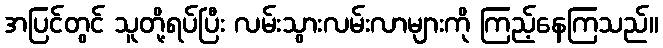
အပြင်တွင် သူတို့ရပ်ပြီး လမ်းသွားလမ်းလာများကို ကြည့်နေကြသည်။